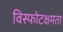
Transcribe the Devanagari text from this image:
विस्फोटक्षमता